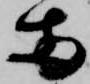
両